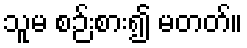
သူမ စဉ်းစား၍ မတတ်။